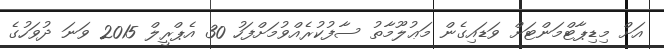
އަށް މިޑިޕާޓްމަންޓަށް ވަޑައިގެން މަޢުލޫމާތު ސާފުކުރެއްވުމަށްފަހު 30 އެޕްރީލް 2015 ވަނަ ދުވަހުގެ